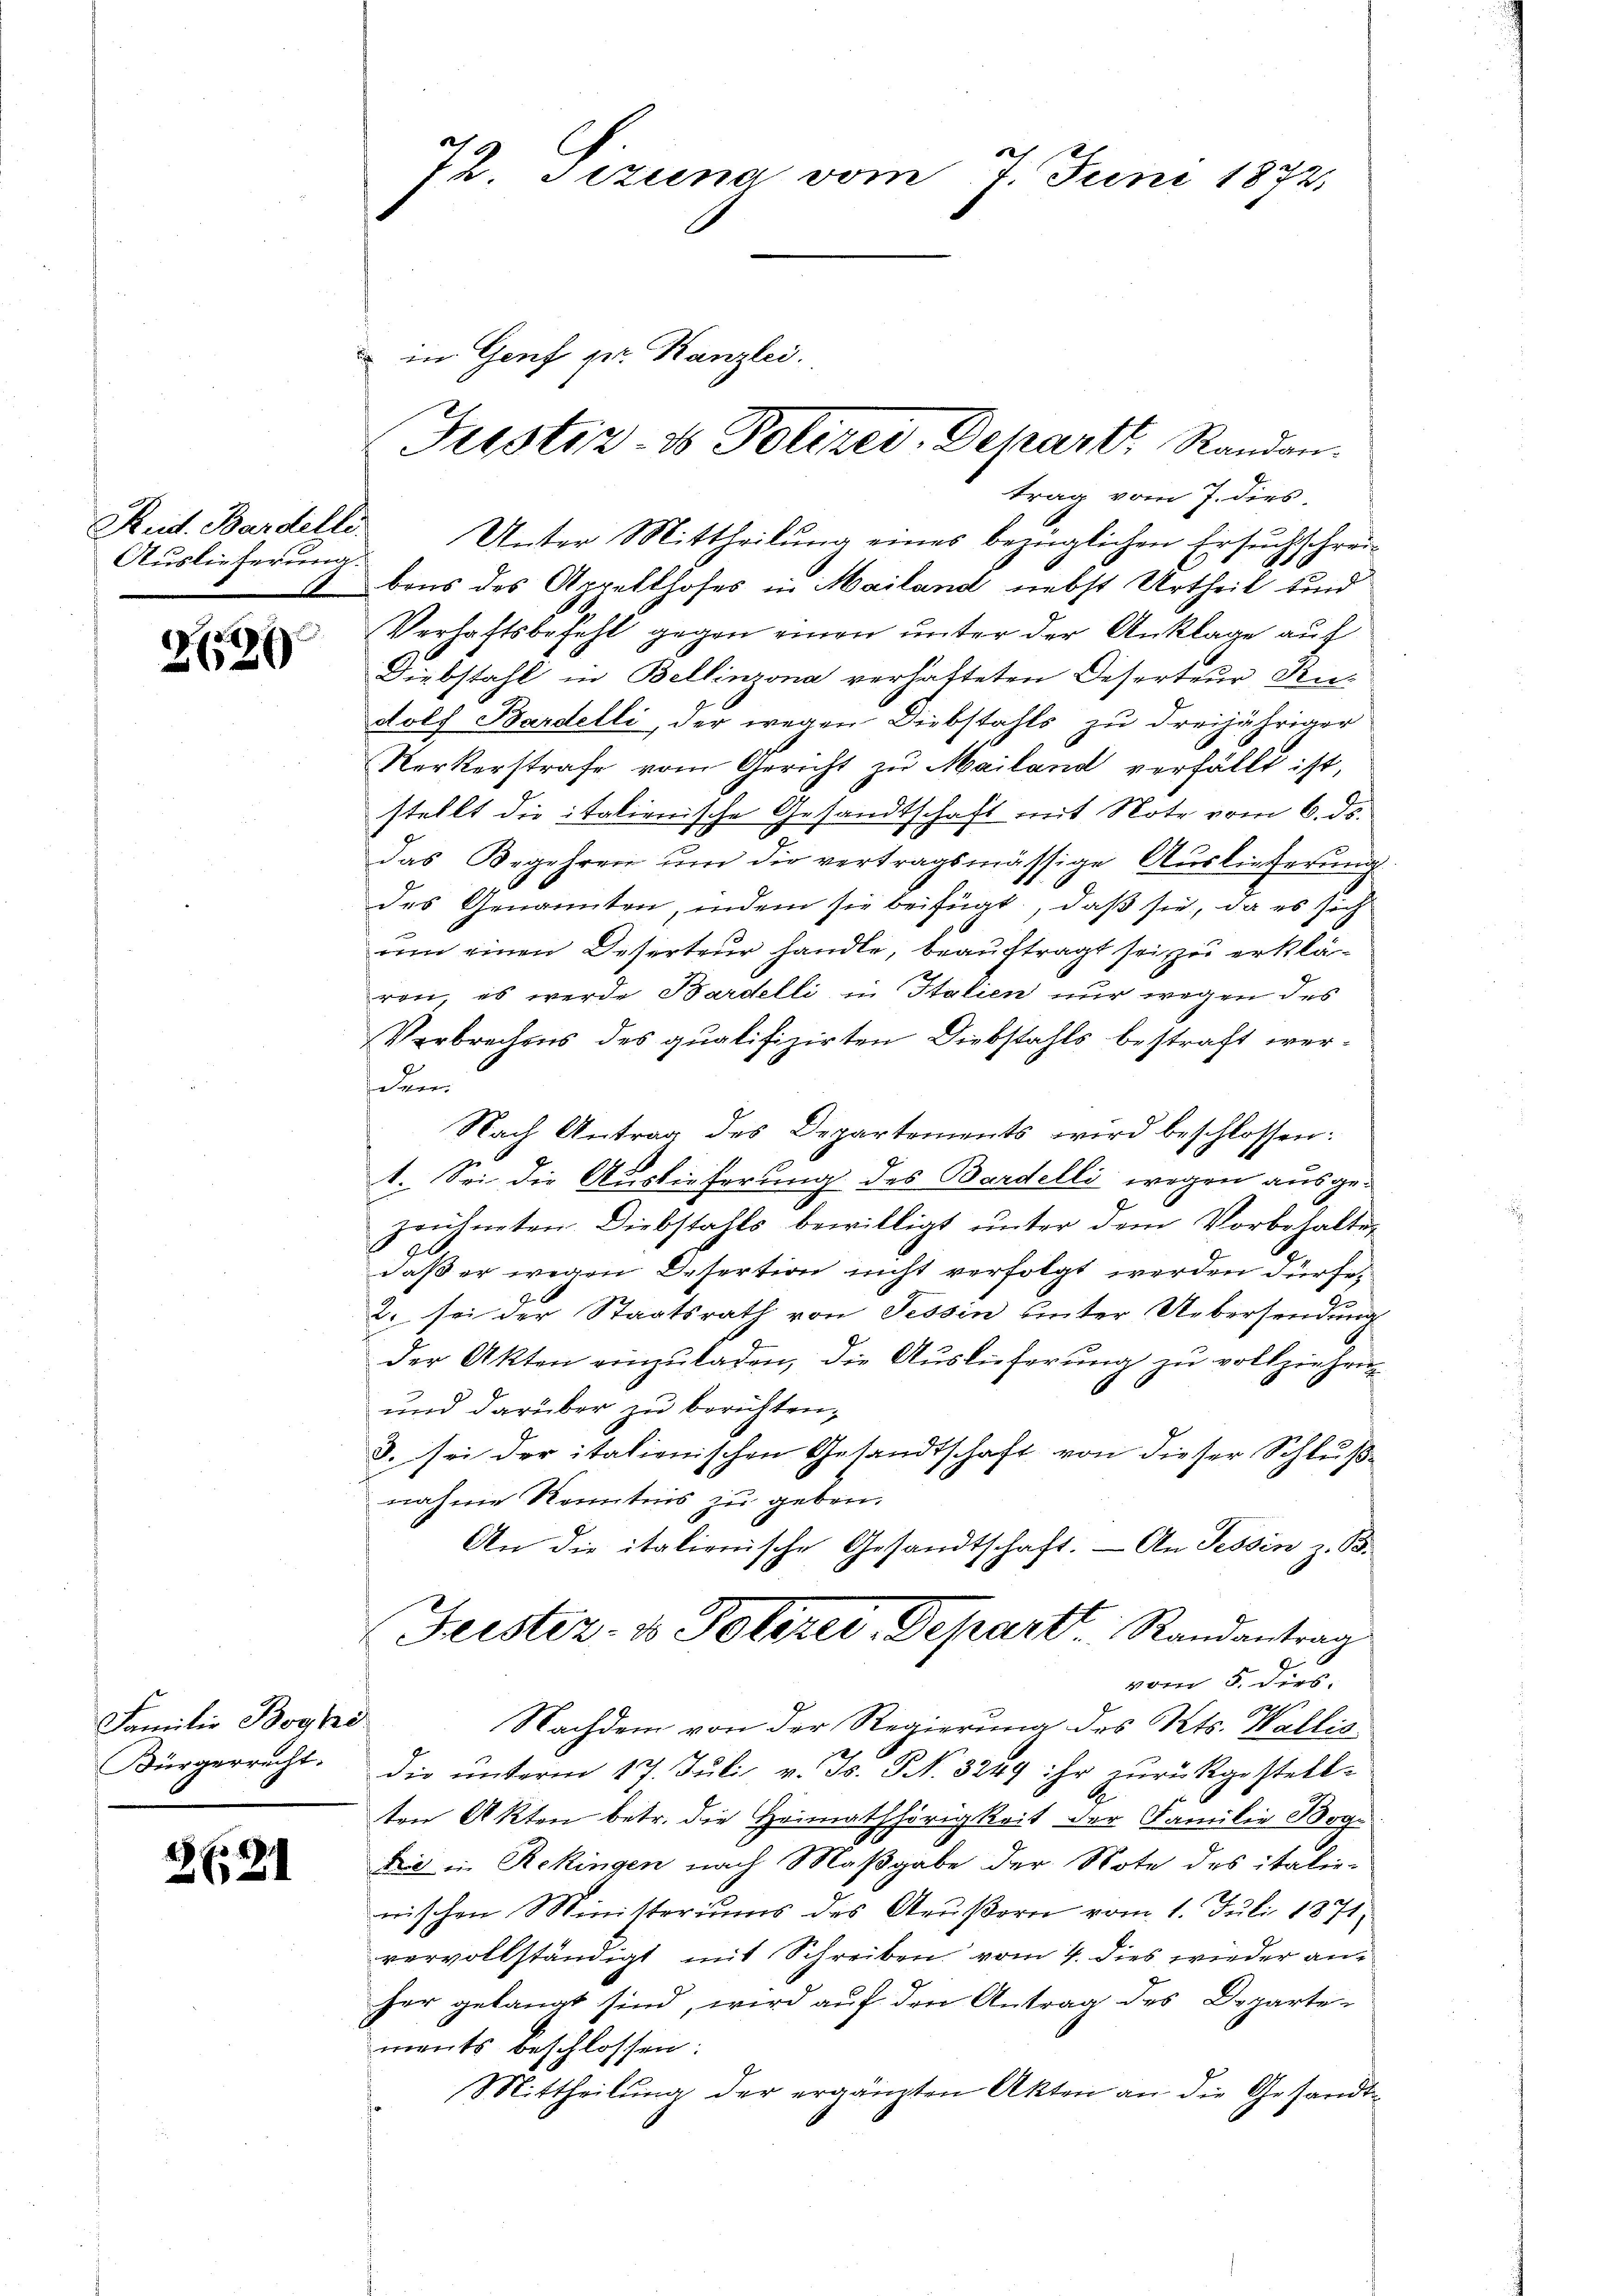
Auslieferung.

.
2620

Familie Boge
Bürgerrecht.

.
4
2621

72. Jezuna vom 7. Juni 1872

Justiz- & Polizei Depart. Randan
trag vom 7. dies
Rud. Bardelle. Unter Mittheilŭng eines bezüglichen Ersuchschrei-

in Genf pr. Kanzlei.

bens des Aprillhofes in Mailand nebst Urtheil sind
Verhaftsbefehl gegen einen unter der Anklage auf
Diebstahl in Bellinzona verhatteten Deserteur Rudolf Bardelli, der wegen Diebstahls zu dreijähriger
Kerkerstrafe vom Gericht zu Mailand verfällt ist,
stellt die italienische Gesandtschaft mit Note vom 6. ds.
das Begehren um die vertragsmässige Auslieferung
des Genannten, indem sie beifügt, daß sie, da es sich
vem einen Deserteur handle, beauftragt sei zu erkläron, es werde Bardelli in Italien nur wegen des
Verbrechens des qualifizirten Diebstahls bestraft werdem
Nach Antrag des Departements wird beschlossen:
1. Sei die Auslieferung des Bardelli wegen ausge-
zeichneten. Diebstahls bewilligt ŭnter dem Vorbehalter
daß er wegen Desertion nicht verfolgt werden dürfe,
2. sei der Staatsrath von Tessin hinter Uebersendung
der Akten einzŭladen, die Auslieferung zu vollziehen
6
und darüber zu berichten,
8. sei der itationischen Gesandtschaft von dieser Schlußnahme Kenntnis zu geben.
An die italienische Gesandtschaft. — An Tessin z. B.
Feister- & Polster Depart Randantrag
vom 5. dies
Nachdem von der Regierung des Kts. Wallis
die unterm 17. Juli v. Js. NNo. 3249 ihr zurückgestell-
ten Akten betr. die Heimathörigkeit der Familie Bog¬
Die in Rekingen nach Maßgabe der Note des italie-
wischen Ministeriums des Arŭβern vom 1. Juli 1871,
vervollständigt mit Schreiben vom 4. dies wieder anher gelangt sind, wird auf den Antrag des Departen
ments beschlossen:
Mittheilŭng der ergänzten Akten an die Gesandte